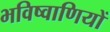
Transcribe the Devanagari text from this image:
भविष्वाणियों